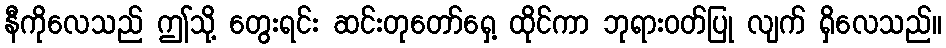
နီကိုလေသည် ဤသို့ တွေးရင်း ဆင်းတုတော်ရှေ့ ထိုင်ကာ ဘုရားဝတ်ပြု လျက် ရှိလေသည်။